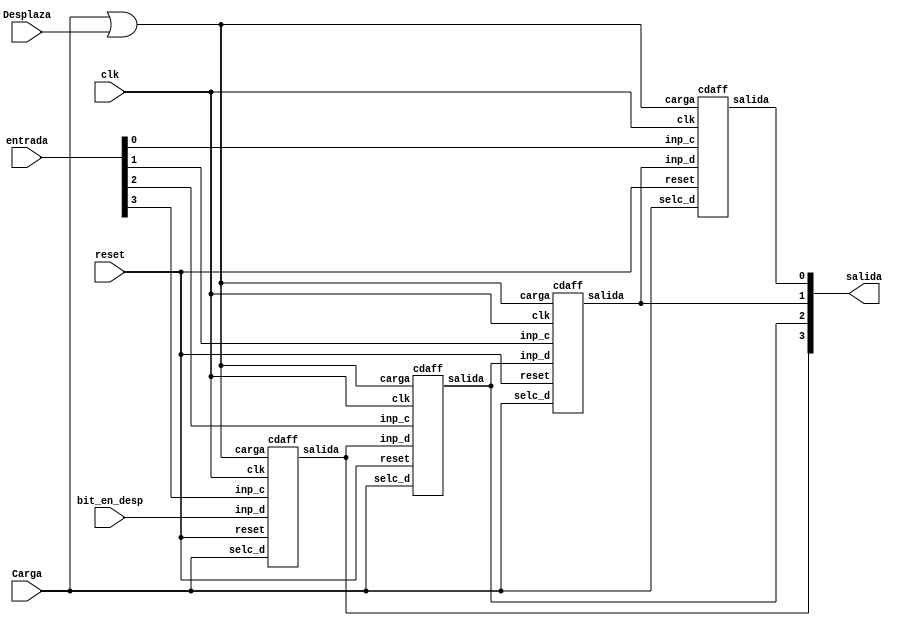
`timescale 1 ns / 10 ps
module registro4 (input wire [3:0] entrada, input wire bit_en_desp, input wire Carga, Desplaza, clk, reset, output wire [3:0] salida);
	//Registro de 4 bits, soporta Carga de entrada, reseteo y desplazamiento aritmtico o lgico
	// La lnea de Carga indica que se va a asignar un nuevo valor al registro que viene por "entrada"
	// La lnea de Desplaza indica que se va a desplazar el contenido del registro. El bit ms significativo se completa con la entrada "bit_en_desp"

	assign enable = Carga | Desplaza; //Si se carga o desplaza se habilitan en modificacin los biestables
	cdaff ff0(Carga, entrada[0], salida[1], clk, reset, enable, salida[0]);
	cdaff ff1(Carga, entrada[1], salida[2], clk, reset, enable, salida[1]);
	cdaff ff2(Carga, entrada[2], salida[3], clk, reset, enable, salida[2]);
	cdaff ff3(Carga, entrada[3], bit_en_desp, clk, reset, enable, salida[3]); //entra un bit en el desplaz
endmodule

module registro3 (input wire [2:0] entrada, input wire bit_en_desp, input wire Carga, Desplaza, clk, reset, output wire [2:0] salida);
	//Registro de 3 bits, soporta Carga de entrada, reseteo y desplazamiento aritmtico o lgico
	// La lnea de Carga indica que se va a asignar un nuevo valor al registro que viene por "entrada"
	// La lnea de Desplaza indica que se va a desplazar el contenido del registro. El bit ms significativo se completa con la entrada "bit_en_desp"

	assign enable = Carga | Desplaza; //Si se carga o desplaza se habilitan en modificacin los biestables
	cdaff ff0(Carga, entrada[0], salida[1], clk, reset, enable, salida[0]);
	cdaff ff1(Carga, entrada[1], salida[2], clk, reset, enable, salida[1]);
	cdaff ff2(Carga, entrada[2], bit_en_desp, clk, reset, enable, salida[2]); //entra un bit en el desplaz
endmodule

//Biestable con entrada de mux para aceptar dos entradas posibles
module cdaff (input wire selc_d, inp_c, inp_d, clk, reset, carga, output wire salida);
	wire inp;
	
	ffdc ff0(clk, reset, carga, inp, salida);
	mux2_1_i1 mux0(inp, inp_d, inp_c, selc_d);
endmodule

//Mux de dos entradas de 1 bit realizado a partir de puertas 
module mux2_1_i1(output wire out, input wire a, b, s);
	//Declaracin de conexiones internas
	wire  s_n, sa, sb;	   
	//Instancias de puertas y sus conexiones
	not inv1 (s_n, s);
	and and1 (sa, a, s_n);
	and and2 (sb, b, s);
	or or1 (out, sa, sb);
endmodule

module ffdc #(parameter retardo = 1)(input wire clk, reset, carga, d, output reg q);
	//reset asncrono, carga sncrona
	always @(posedge clk, posedge reset)
	  if (reset)
		q <= #retardo 1'b0; //asignacin no bloqueante q=0
	  else
		if (carga)
		  q <= #retardo d; //asignacin no bloqueante q=d
endmodule

module sum_resta4(output wire[3:0] S, output wire c_out, input wire[3:0] A, input wire[3:0] B, input wire resta);
	assign {c_out, S} = (resta == 1) ? A - B : A + B;
endmodule